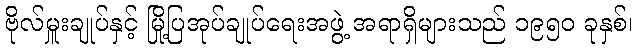
ဗိုလ်မှူးချုပ်နှင့် မြို့ပြအုပ်ချုပ်ရေးအဖွဲ့ အရာရှိများသည် ၁၉၅၀ ခုနှစ်၊